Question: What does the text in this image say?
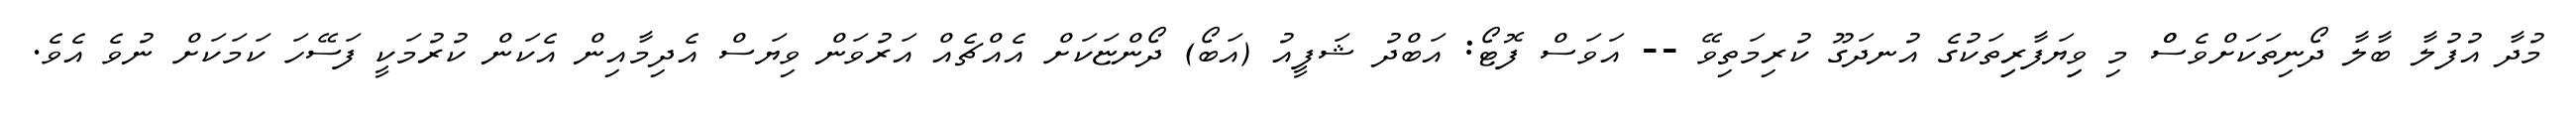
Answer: މުދާ އުފުލާ ބާލާ ދޯނިތަކަށްވެސްް މި ވިިޔަފާރިިތަކުގެ އުނދަގޫ ކުރިމަތިވޭ -- އަވަސް ފޮޓޯ: އަބްދު ޝަފީއު (އަބޯ) ދޯންޏަކަށް އެއްޗެއް އަރުވަން ވިޔަސް އެދިމާއިން އެކަން ކުރުމަކީ ފަސޭހަ ކަމަކަށް ނުވެ އެވެ.